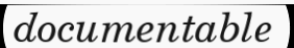
documentable